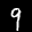
Label: 9